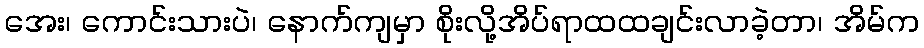
အေး၊ ကောင်းသားပဲ၊ နောက်ကျမှာ စိုးလို့အိပ်ရာထထချင်းလာခဲ့တာ၊ အိမ်က